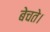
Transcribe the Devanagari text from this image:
बेचते।